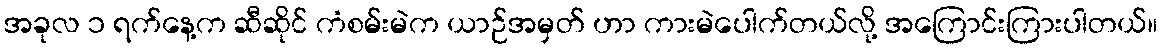
အခုလ ၁ ရက်နေ့က ဆီဆိုင် ကံစမ်းမဲက ယာဉ်အမှတ် ဟာ ကားမဲပေါက်တယ်လို့ အကြောင်းကြားပါတယ်။